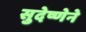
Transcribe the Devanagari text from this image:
सुदेष्णेने